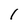
Character: l